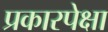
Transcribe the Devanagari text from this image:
प्रकारपेक्षा